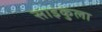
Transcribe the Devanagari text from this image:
साइकुला